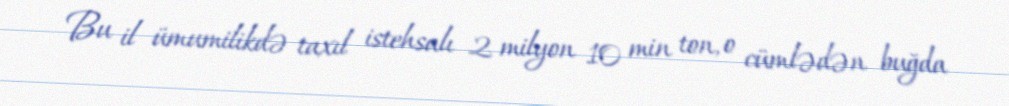
Bu il ümumilikdə taxıl istehsalı 2 milyon 10 min ton, o cümlədən buğda